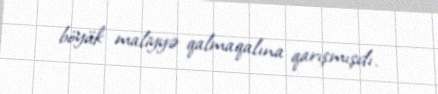
böyük maliyyə qalmaqalına qarışmışdı.